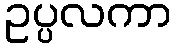
ဥပ္ပလကာ